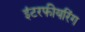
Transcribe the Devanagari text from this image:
इंटरफीयरिंग